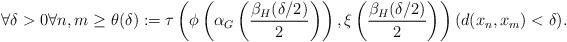
LaTeX: \begin{align*}\forall \delta>0\forall n,m\geq\theta(\delta):=\tau\left(\phi\left(\alpha_G\left(\frac{\beta_H(\delta/2)}{2}\right)\right),\xi\left(\frac{\beta_H(\delta/2)}{2}\right) \right)(d(x_n,x_m)<\delta).\end{align*}